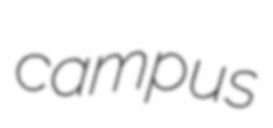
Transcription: campus